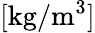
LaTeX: \mathrm{[kg/m^{3}]}